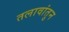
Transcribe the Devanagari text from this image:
तलावांतुन